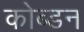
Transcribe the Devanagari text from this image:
कोब्डन